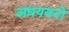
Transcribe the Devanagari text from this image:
अधययनों